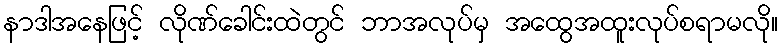
နာဒါအနေဖြင့် လိုဏ်ခေါင်းထဲတွင် ဘာအလုပ်မှ အထွေအထူးလုပ်စရာမလို။